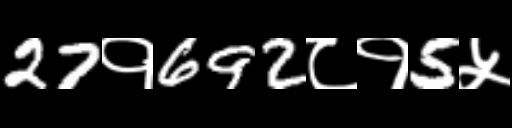
Text: 27१692८१5५